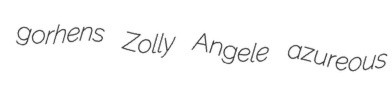
gorhens Zolly Angele azureous